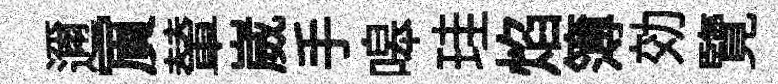
邇賔輦崴手嗥珪焰簿効覽